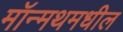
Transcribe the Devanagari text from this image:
मॉन्मथमधील